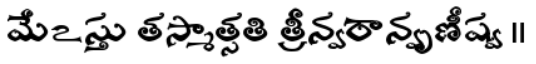
మేఽస్తు తస్మాత్సతి త్రీన్వరాన్వృణీష్వ ॥